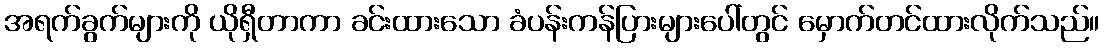
အရက်ခွက်များကို ယိုရှီတာကာ ခင်းထားသော ခံပန်းကန်ပြားများပေါ်တွင် မှောက်တင်ထားလိုက်သည်။